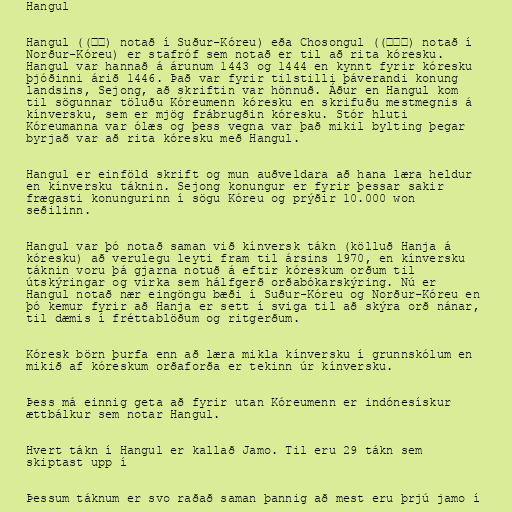
Hangul

Hangul ((한글) notað í Suður-Kóreu) eða Chosongul ((조선글) notað í
Norður-Kóreu) er stafróf sem notað er til að rita kóresku.
Hangul var hannað á árunum 1443 og 1444 en kynnt fyrir kóresku
þjóðinni árið 1446. Það var fyrir tilstilli þáverandi konung
landsins, Sejong, að skriftin var hönnuð. Áður en Hangul kom
til sögunnar töluðu Kóreumenn kóresku en skrifuðu mestmegnis á
kínversku, sem er mjög frábrugðin kóresku. Stór hluti
Kóreumanna var ólæs og þess vegna var það mikil bylting þegar
byrjað var að rita kóresku með Hangul.

Hangul er einföld skrift og mun auðveldara að hana læra heldur
en kínversku táknin. Sejong konungur er fyrir þessar sakir
frægasti konungurinn í sögu Kóreu og prýðir 10.000 won
seðilinn.

Hangul var þó notað saman við kínversk tákn (kölluð Hanja á
kóresku) að verulegu leyti fram til ársins 1970, en kínversku
táknin voru þá gjarna notuð á eftir kóreskum orðum til
útskýringar og virka sem hálfgerð orðabókarskýring. Nú er
Hangul notað nær eingöngu bæði í Suður-Kóreu og Norður-Kóreu en
þó kemur fyrir að Hanja er sett í sviga til að skýra orð nánar,
til dæmis í fréttablöðum og ritgerðum.

Kóresk börn þurfa enn að læra mikla kínversku í grunnskólum en
mikið af kóreskum orðaforða er tekinn úr kínversku.

Þess má einnig geta að fyrir utan Kóreumenn er indónesískur
ættbálkur sem notar Hangul.

Hvert tákn í Hangul er kallað Jamo. Til eru 29 tákn sem
skiptast upp í

Þessum táknum er svo raðað saman þannig að mest eru þrjú jamo í